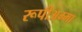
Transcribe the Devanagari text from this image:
रूपीअम्मा